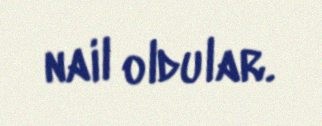
nail oldular.